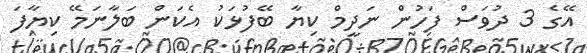
އޭގެ 3 ދުވަސް ފަހުން ނަދީމް ކިޔާ ބޭފުޅަކު އެކަން ބަލާނަމޭ ކިޔާފަ